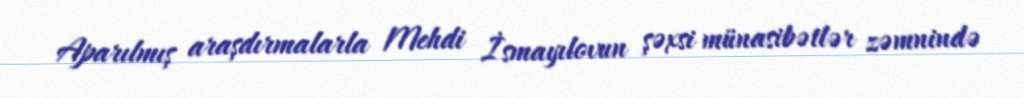
Aparılmış araşdırmalarla Mehdi İsmayılovun şəxsi münasibətlər zəmnində